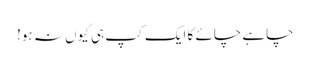
چاہے چائے کا ایک کپ ہی کیوں نہ ہو!